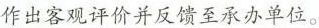
作出客观评价并反馈至承办单位。